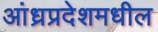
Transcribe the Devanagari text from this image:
आंध्रप्रदेशमधील